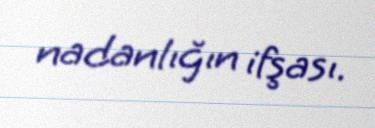
nadanlığın ifşası.